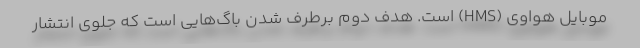
موبایل هواوی (HMS) است. هدف دوم برطرف شدن باگ‌هایی است که جلوی انتشار